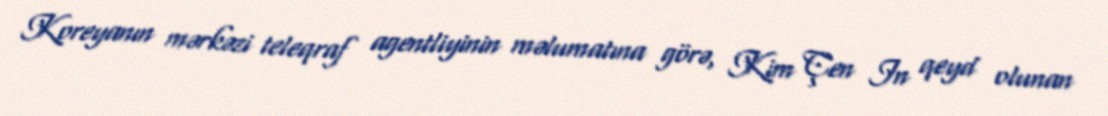
Koreyanın mərkəzi teleqraf agentliyinin məlumatına görə, Kim Çen In qeyd olunan